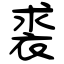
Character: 裘